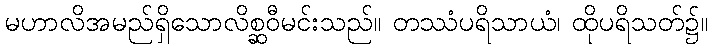
မဟာလိအမည်ရှိသောလိစ္ဆဝီမင်းသည်။ တဿံပရိသာယံ၊ ထိုပရိသတ်၌။